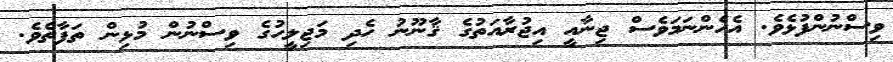
ވިސްނުންފުޅެވެ. އެހެންނަމަވެސް ޖިނާއީ އިޖުރާއަތުގެ ޤާނޫނު ހެދި މަޖިލީހުގެ ވިސްނުން މުޅިން ތަފާތެވެ.